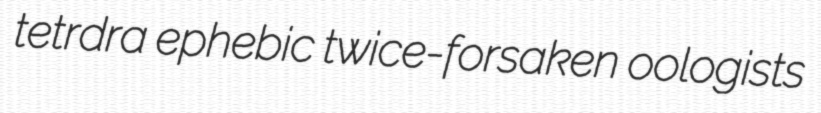
tetrdra ephebic twice-forsaken oologists